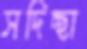
সদিচ্ছা